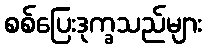
စစ်ပြေးဒုက္ခသည်များ